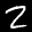
Label: 2